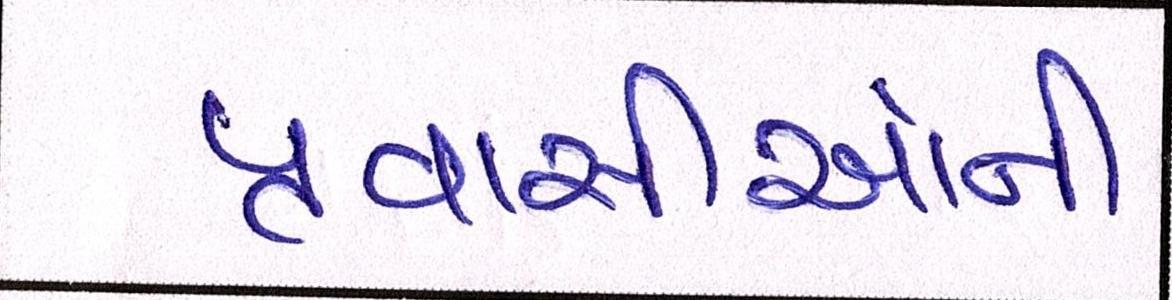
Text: પ્રવાસીઓની